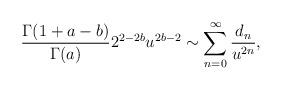
LaTeX: \begin{gather*} \frac{\Gamma(1+a-b)}{\Gamma(a)}2^{2-2b}u^{2b-2}\sim \sum_{n=0}^\infty \frac{d_n}{u^{2n}},\end{gather*}